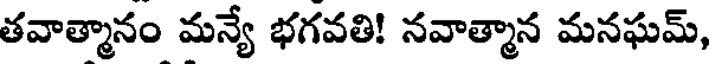
తవాత్మానం మన్యే భగవతి! నవాత్మాన మనఘమ్,